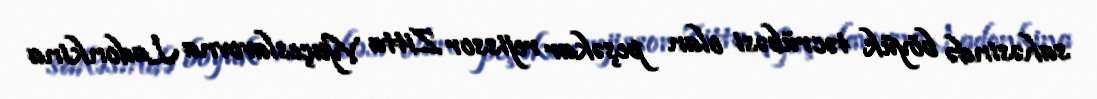
sahəsində böyük təcrübəsi olan peşəkar rejissor Zitta Vyaçeslavovna Ladonkina